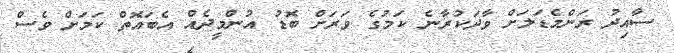
ސާއިދު ރަންމެޑަލަށް ވާދަކުރާނެ ކަމުގެ ވަރަށް ބޮޑު އުންމީދެއް އެބައޮތް ކަމަށް ވެސް